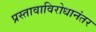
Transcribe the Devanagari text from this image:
प्रस्तावाविरोधानंतर